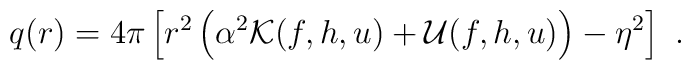
q(r)=4\pi \left[r^2\left(\alpha^2{\cal K}(f,h,u)+{\cal U}(f,h,u)\right)-\eta^2\right] \ .